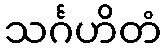
သင်္ဂဟိတံ